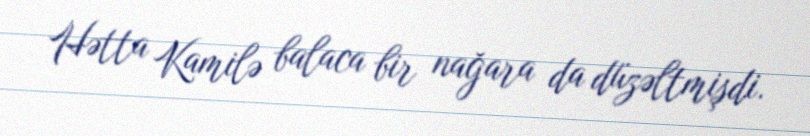
Hətta Kamilə balaca bir nağara da düzəltmişdi.